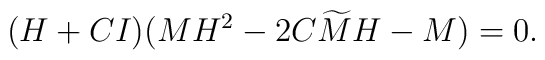
(H+CI)(M H^2 -2 C {\widetilde M}H - M) =0.